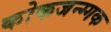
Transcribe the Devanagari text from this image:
कोकजन्ग्गक